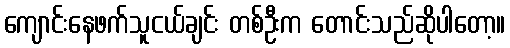
ကျောင်းနေဖက်သူငယ်ချင်း တစ်ဦးက တောင်းသည်ဆိုပါတော့။